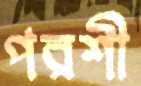
পরশী